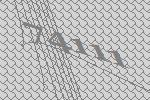
74111